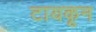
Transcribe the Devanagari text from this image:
टायकून